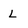
Character: L